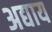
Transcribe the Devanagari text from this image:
अद्याय